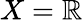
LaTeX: X=\mathbb{R}